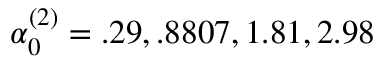
\alpha _ { 0 } ^ { ( 2 ) } = { { . 2 9 , . 8 8 0 7 , 1 . 8 1 , 2 . 9 8 } }